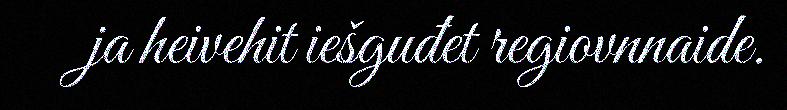
ja heivehit iešguđet regiovnnaide.